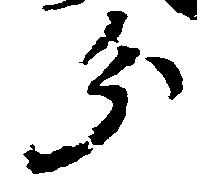
分